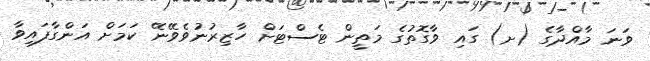
ވަނަ މާއްދާގެ (ށ) ގައި ވާގޮތުގެ މަތީން ޓެސްޓަށް ހާޒިރުނުވެވޭނޭ ކަމަށް އަންގާފައިވާ